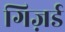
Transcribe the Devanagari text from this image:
गिज़र्ड